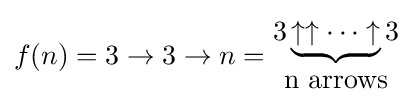
f(n)=3\rightarrow 3\rightarrow n={\begin{matrix}3\underbrace {\uparrow \uparrow \cdots \uparrow } 3\\{\text{n arrows}}\end{matrix}}